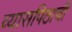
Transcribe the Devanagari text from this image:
व्यासपिठाची